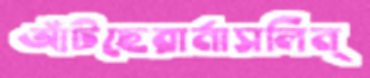
আঁটছেরার্নাসলিন্